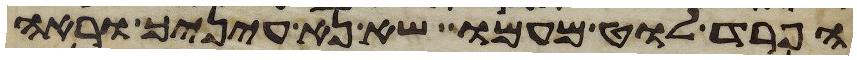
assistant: הפרד לוט מעמו שא נא עיניך וראה